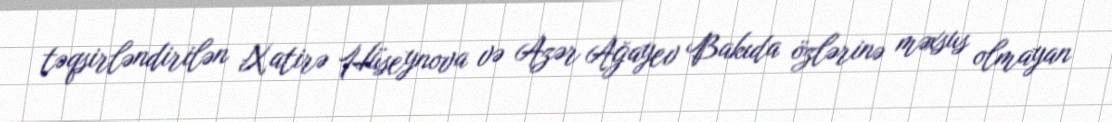
təqsirləndirilən Xatirə Hüseynova və Azər Ağayev Bakıda özlərinə məxsus olmayan